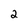
Character: 2